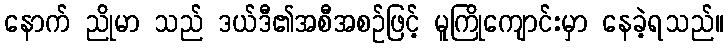
နောက် ညိုမာ သည် ဒယ်ဒီ၏အစီအစဉ်ဖြင့် မူကြိုကျောင်းမှာ နေခဲ့ရသည်။